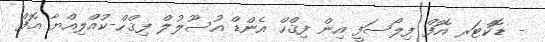
- ޑޮކްޓަރ އޮފް ފިލޯސަފީ އިން ފިޤްހް އެންޑް އުސޫލުލް ފިޤްހް-ކުއްލިއްޔާ އޮފް